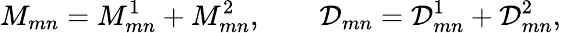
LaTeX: M_{mn}=M_{mn}^{1}+M_{mn}^{2},\qquad\mathcal{D}_{mn}=\mathcal{D}_{mn}^{1}+\mathcal{D}_{mn}^{2},